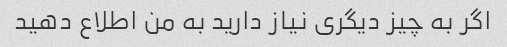
اگر به چیز دیگری نیاز دارید به من اطلاع دهید